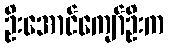
ဦးအောင်ကျော်ဦးက